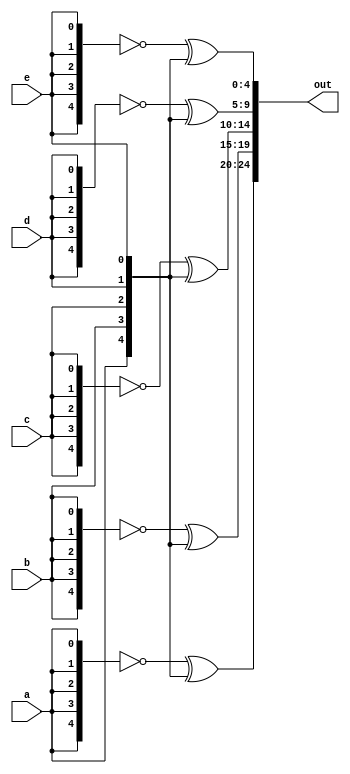
module top_module (
    input a, b, c, d, e,
    output [24:0] out );//

    assign out[24:20]=~ {5{a}}^{a,b,c,d,e};
    assign out[19:15]=~ {5{b}}^{a,b,c,d,e};
    assign out[14:10]=~ {5{c}}^{a,b,c,d,e};
    assign out[9:5]=~ {5{d}}^{a,b,c,d,e};
    assign out[4:0]=~ {5{e}}^{a,b,c,d,e};

    /*wire [24:0] top, bottom;
	assign top    = { {5{a}}, {5{b}}, {5{c}}, {5{d}}, {5{e}} };
	assign bottom = {5{a,b,c,d,e}};
	assign out = ~top ^ bottom;*/ //Better Solution
    
endmodule